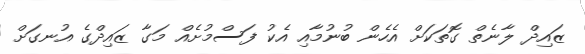
ޒައިދް ލާނެތް ގޮތަކަށް އެހެން ބުނުމާއި އެކު ފަސްމުށެއް މަގާ ޒައިދްގެ އުނގަށް